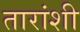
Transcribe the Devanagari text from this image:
तारांशी